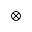
\otimes